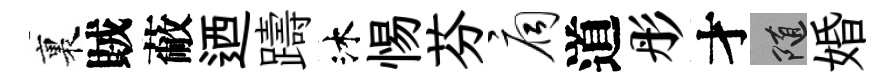
裏賊蔽迺躊沐惕芬扃道彤才隨婚